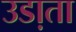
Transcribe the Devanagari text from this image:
उडा़ता